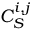
C _ { S } ^ { i , j }